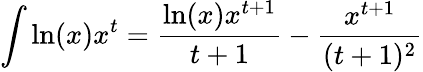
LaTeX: \int\ln(x)x^{t}={\frac{\ln(x)x^{t+1}}{t+1}}-{\frac{x^{t+1}}{(t+1)^{2}}}